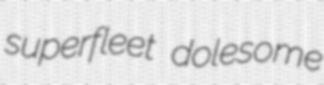
superfleet dolesome